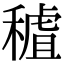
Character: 𥡧